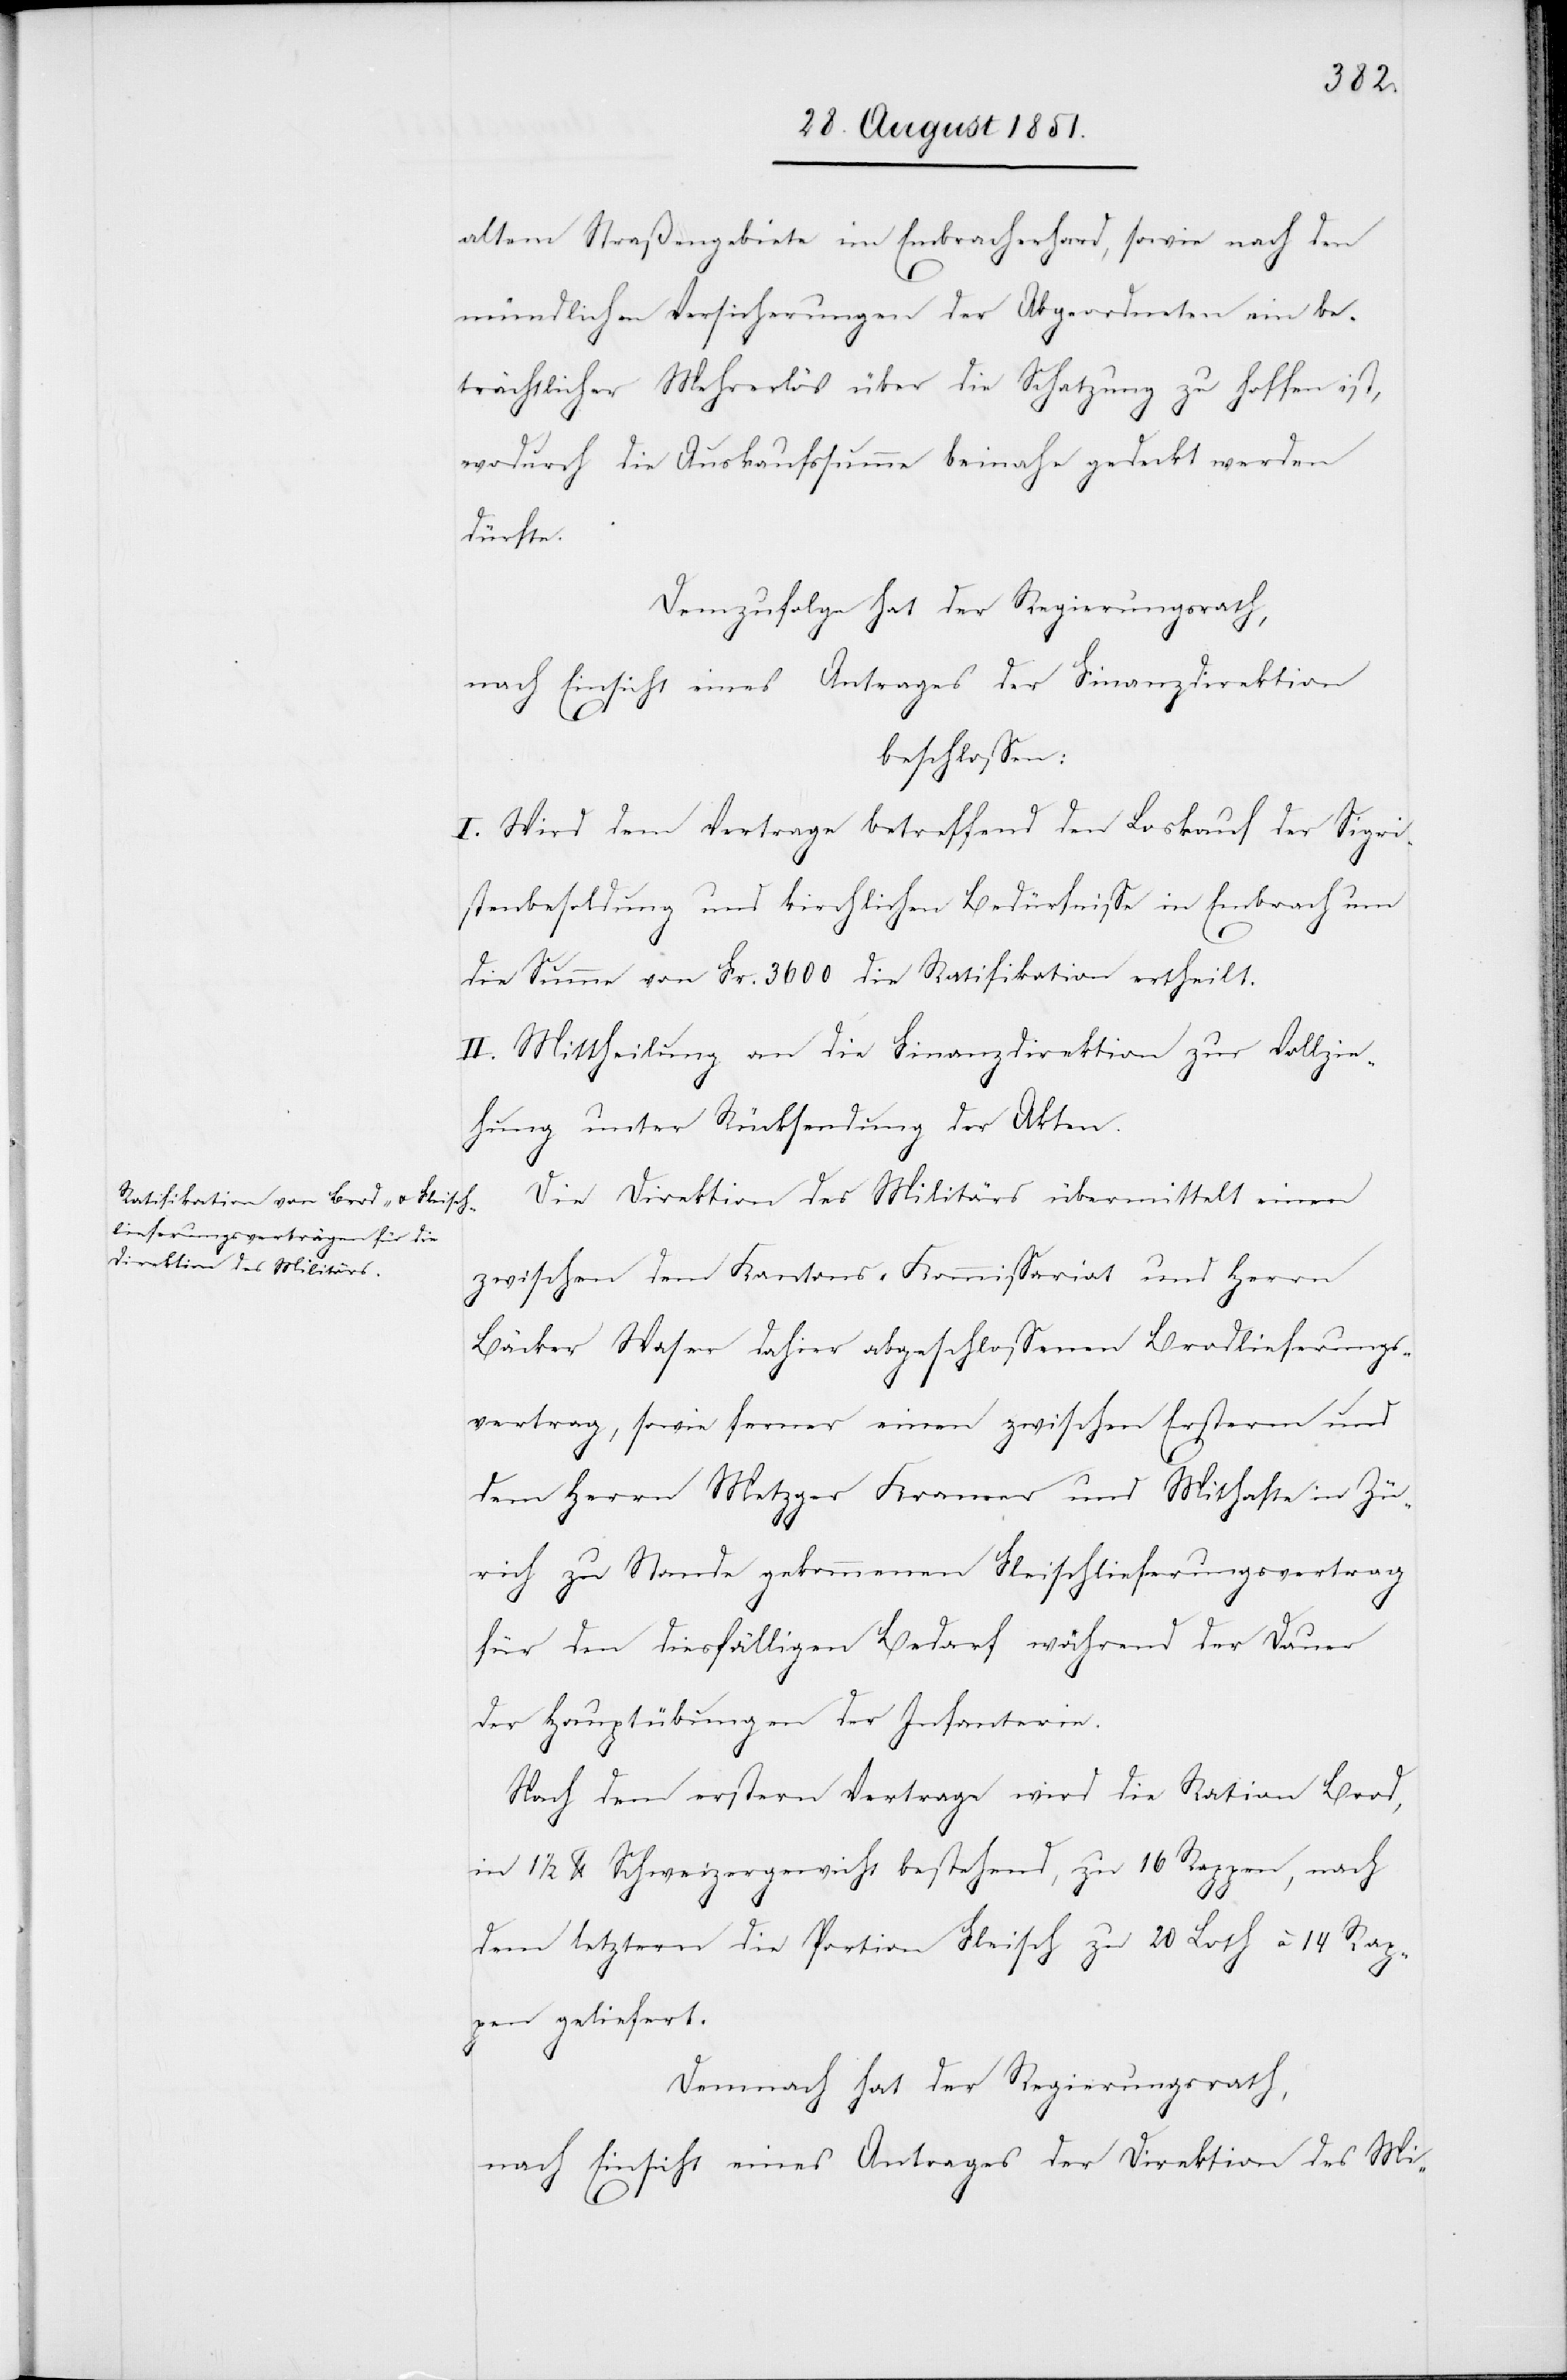
altem Straßengebiete im Embracherhard, sowie nach den
mündlichen Versicherungen der Abgeordneten ein be¬
trächtlicher Mehrerlös über die Schatzung zu hoffen ist,
wodurch die Auskaufssumme beinahe gedeckt werden
dürfte.
Demzufolge hat der Regierungsrath,
nach Einsicht eines Antrages der Finanzdirektion
beschlossen:
I. Wird dem Vertrage betreffend den Loskauf der Sigri¬
stenbesoldung und kirchlichen Bedürfnisse in Embrach um
die Summe von Fr. 3600 die Ratifikation ertheilt.
II. Mittheilung an die Finanzdirektion zur Vollzie¬
hung unter Rücksendung der Akten.
Die Direktion des Militärs übermittelt einen
zwischen dem Kantons-Kommissariat und Herrn
Bäcker Waser dahier abgeschlossenen Brodlieferungs¬
vertrag, sowie ferner einen zwischen Ersterm und
dem Herrn Metzger Kramer und Mithafte in Zü¬
rich zu Stande gekommenen Fleischlieferungsvertrag
für den diesfälligen Bedarf während der Dauer
der Hauptübungen der Infanterie.
Nach dem erstern Vertrage wird die Ration Brod,
in 1 1/2 lb. Schweizergewicht bestehend, zu 16 Rappen, nach
dem letztern die Portion Fleisch zu 20 Loth à 14 Rap¬
pen geliefert.
Demnach hat der Regierungsrath,
nach Einsicht eines Antrages der Direktion des Mi-